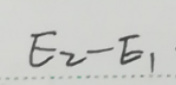
$E_{2}-E_{1}$